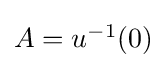
{\textstyle A=u^{-1}\!\left(0\right)}